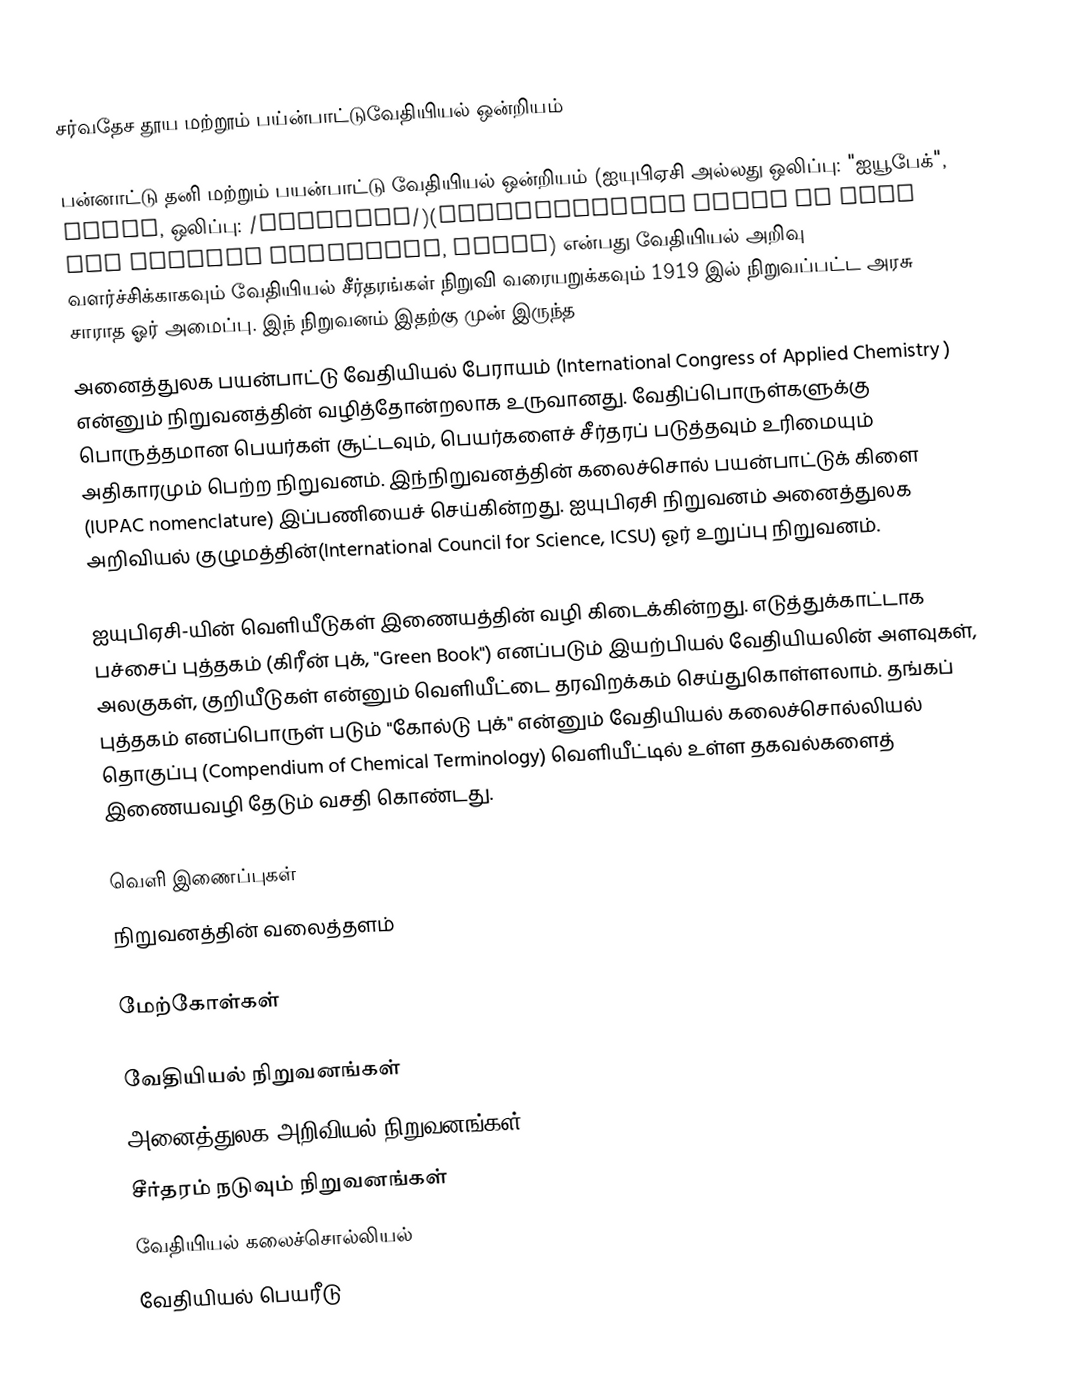
சர்வதேச தூய மற்றூம் பய்ன்பாட்டுவேதியியல் ஒன்றியம்

பன்னாட்டு தனி மற்றும் பயன்பாட்டு வேதியியல் ஒன்றியம் (ஐயுபிஏசி அல்லது ஒலிப்பு: "ஐயூபேக்", IUPAC, ஒலிப்பு: /aɪjuːpæk/)(International Union of Pure and Applied Chemistry, IUPAC) என்பது வேதியியல் அறிவு வளர்ச்சிக்காகவும் வேதியியல் சீர்தரங்கள் நிறுவி வரையறுக்கவும் 1919 இல் நிறுவப்பட்ட அரசு சாராத ஓர் அமைப்பு. இந் நிறுவனம் இதற்கு முன் இருந்த
அனைத்துலக பயன்பாட்டு வேதியியல் பேராயம் (International Congress of Applied Chemistry ) என்னும் நிறுவனத்தின் வழித்தோன்றலாக உருவானது. வேதிப்பொருள்களுக்கு பொருத்தமான பெயர்கள் சூட்டவும், பெயர்களைச் சீர்தரப் படுத்தவும் உரிமையும் அதிகாரமும் பெற்ற நிறுவனம். இந்நிறுவனத்தின் கலைச்சொல் பயன்பாட்டுக் கிளை (IUPAC nomenclature) இப்பணியைச் செய்கின்றது. ஐயுபிஏசி நிறுவனம் அனைத்துலக அறிவியல் குழுமத்தின்(International Council for Science, ICSU) ஓர் உறுப்பு நிறுவனம்.

ஐயுபிஏசி-யின் வெளியீடுகள் இணையத்தின் வழி கிடைக்கின்றது. எடுத்துக்காட்டாக பச்சைப் புத்தகம் (கிரீன் புக், "Green Book") எனப்படும் இயற்பியல் வேதியியலின் அளவுகள், அலகுகள், குறியீடுகள் என்னும் வெளியீட்டை தரவிறக்கம் செய்துகொள்ளலாம். தங்கப் புத்தகம் எனப்பொருள் படும் "கோல்டு புக்" என்னும் வேதியியல் கலைச்சொல்லியல் தொகுப்பு (Compendium of Chemical Terminology) வெளியீட்டில் உள்ள தகவல்களைத் இணையவழி தேடும் வசதி கொண்டது.

வெளி இணைப்புகள்
 நிறுவனத்தின் வலைத்தளம்

மேற்கோள்கள்

வேதியியல் நிறுவனங்கள்
அனைத்துலக அறிவியல் நிறுவனங்கள்
சீர்தரம் நடுவும் நிறுவனங்கள்
வேதியியல் கலைச்சொல்லியல்
வேதியியல் பெயரீடு